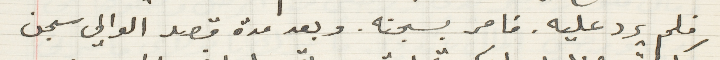
فلم يرد عليه. فامر بسجنه. وبعد مدة قصد الوالي سجن